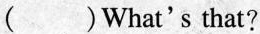
( )What's that?